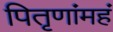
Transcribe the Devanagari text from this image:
पितृणांमहं